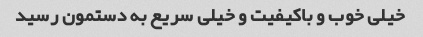
خیلی خوب و باکیفیت و خیلی سریع به دستمون رسید